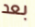
بعد